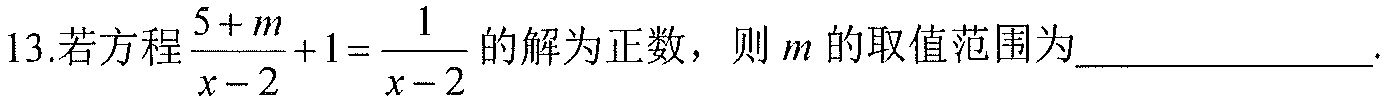
13.若方程\(\frac{5 + m}{x - 2}+1 = \frac{1}{x - 2}\)的解为正数，则\(m\)的取值范围为_____________.